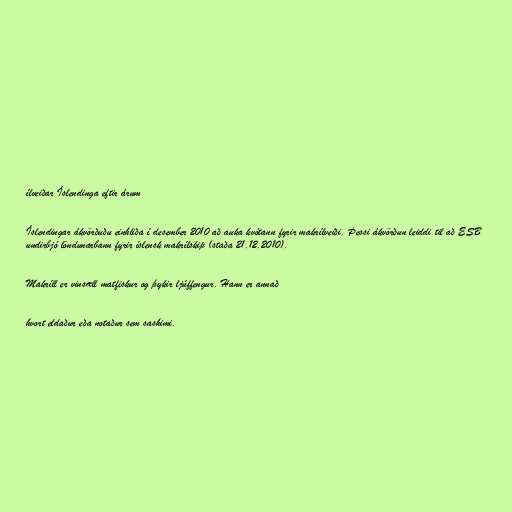
ílveiðar Íslendinga eftir árum

Íslendingar ákvörðuðu einhliða í desember 2010 að auka kvótann fyrir makrílveiði. Þessi ákvörðun leiddi til að ESB
undirbjó löndunarbann fyrir íslensk makrílskip (staða 21.12.2010).

Makríll er vinsæll matfiskur og þykir ljúffengur. Hann er annað

hvort eldaður eða notaður sem sashimi.